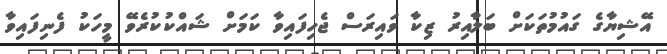
އޭޝިޔާގެ ގައުމުތަކަށް ބަލާއިރު ޒިކާ ވައިރަސް ޖެހިފައިވާ ކަމަށް ޝައްކުކުރެވޭ މީހަކު ފެނިފައިވާ